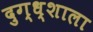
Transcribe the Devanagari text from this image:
दुग्ध्शाला